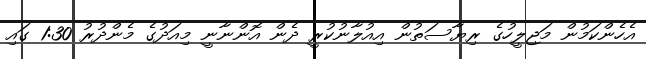
އެހެންކަމުން މަޖިލީހުގެ ރިޔާސަތުން އިއުލާނުކުރީ ދެން އޮންނާނީ މިއަދުގެ މެންދުރު 1:30 ގައި